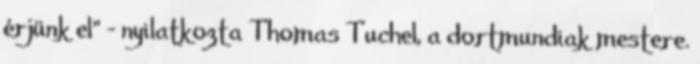
érjünk el" - nyilatkozta Thomas Tuchel, a dortmundiak mestere.